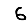
Digit: 6